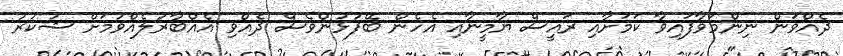
ދެއްވަން ނިންމަވާފައިވާ ކަމަށާއި ރައީސް ޔާމީނާއި އެހެން ބޭފުޅުންވެސް ދެއްވި އެއްބާރުލެއްވުމަށް ޝުކުރު